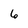
Character: 6